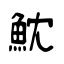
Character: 魫